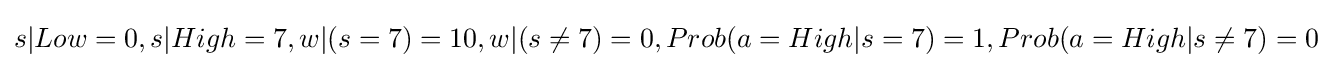
s|Low=0,s|High=7,w|(s=7)=10,w|(s\neq 7)=0,Prob(a=High|s=7)=1,Prob(a=High|s\neq 7)=0